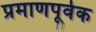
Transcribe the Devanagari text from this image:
प्रमाणपूर्वक